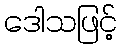
ဒေါသဖြင့်